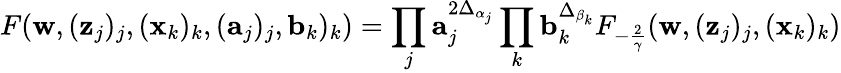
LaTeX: F(\mathbf w,(\mathbf z_{j})_{j},(\mathbf x_{k})_{k},(\mathbf a_{j})_{j},\mathbf b_{k})_{k})=\prod_{j}\mathbf a_{j}^{2\Delta_{\alpha_{j}}}\prod_{k}\mathbf b_{k}^{\Delta_{\beta_{k}}}F_{-\frac 2\gamma}(\mathbf w,(\mathbf z_{j})_{j},(\mathbf x_{k})_{k})